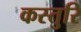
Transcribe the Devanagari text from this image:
कस्तुरि